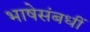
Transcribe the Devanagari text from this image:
भाषेसंबधीं